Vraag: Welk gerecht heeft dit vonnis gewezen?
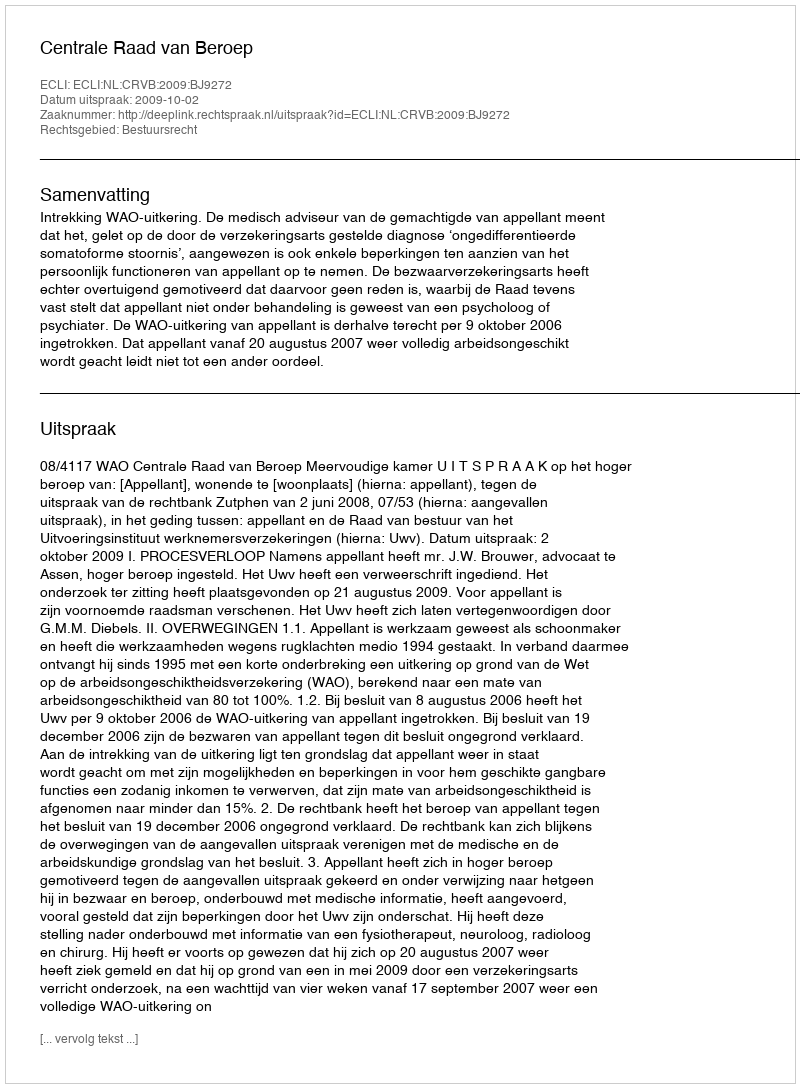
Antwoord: Centrale Raad van Beroep